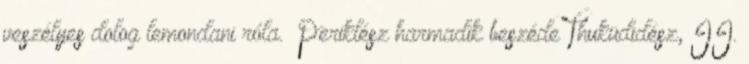
veszélyes dolog lemondani róla.” Periklész harmadik beszéde Thuküdidész, II.